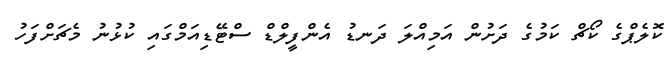
ކޮލެޕްގެ ކޯޗް ކަމުގެ ދަށުން އަމިއްލަ ދަނޑު އެންފީލްޑް ސްޓޭޑިއަމްގައި ކުޅުނު މެޗަށްފަހު